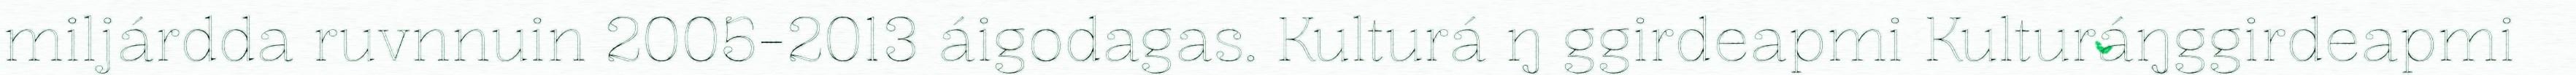
miljárdda ruvnnuin 2005-2013 áigodagas. Kulturá ŋ ggirdeapmi Kulturáŋggirdeapmi